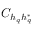
C _ { h _ { q } h _ { q } ^ { * } }